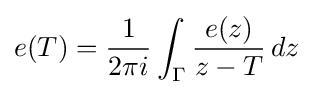
e(T)={\frac {1}{2\pi i}}\int _{\Gamma }{\frac {e(z)}{z-T}}\,dz